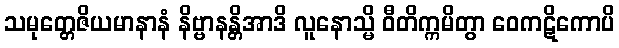
သမုတ္တေဇိယမာနာနံ နိဗ္ဗာနန္တိအာဒိ လူနောသ္မိ ဝီတိက္ကမိတွာ ဝေကဋိကောပိ